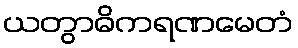
ယတွာဓိကရဏမေတံ